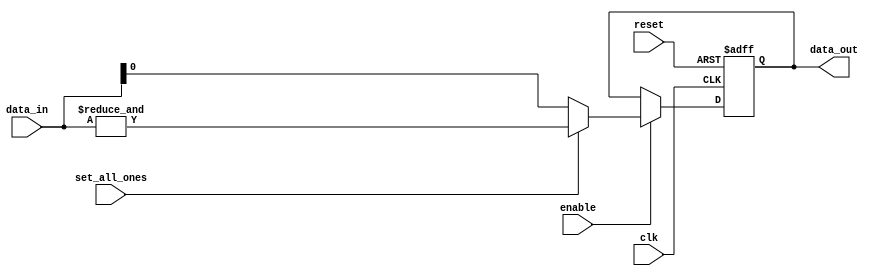
module piso_4bit #(parameter WIDTH=4) (input wire clk, input wire reset, input wire [WIDTH-1:0] data_in, input wire enable,
                                      input wire set_all_ones, output reg data_out);

  always @(posedge clk or posedge reset) begin
    if (reset)
      data_out <= 1'b0;  //     reset
    else if (enable) begin
      if (set_all_ones)
        data_out <= &data_in;  //     1
      else
        data_out <= data_in[0];  //   
    end
  end

endmodule